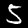
Digit: 5